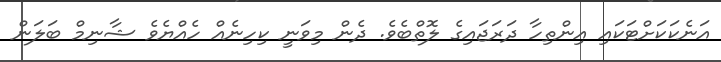
އަނެކަކަށްޓަކައި އިންތިހާ ދަރަޖައިގެ ލޮތްބެވެ. ދެން މިވަނީ ކިހިނެއް ހެއްޔެވެ ޝާނިމް ބަލަން